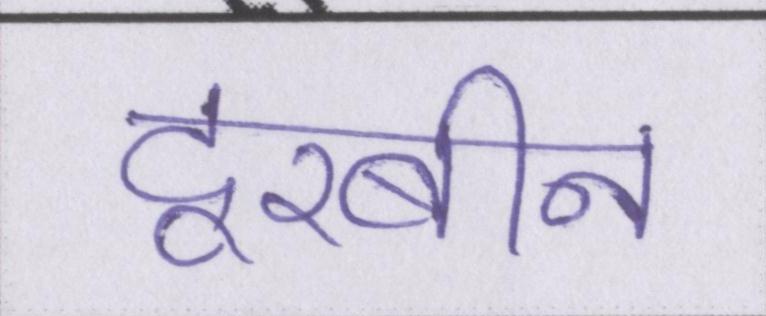
दूरबीन